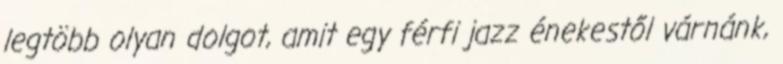
legtöbb olyan dolgot, amit egy férfi jazz énekestől várnánk,